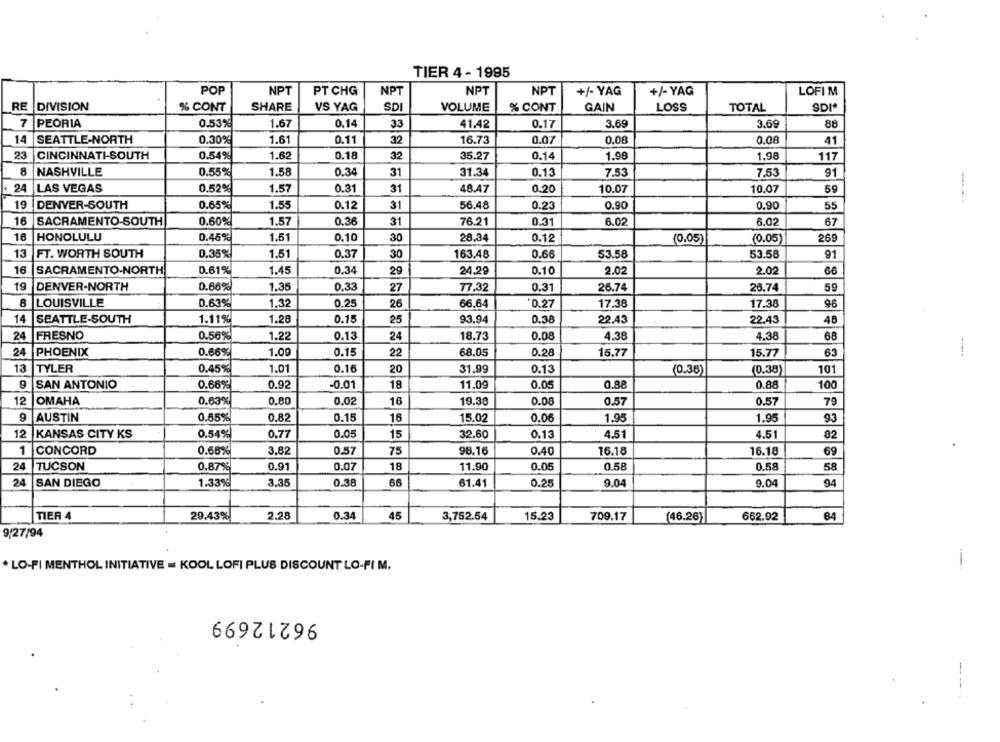
TIER 4 - 1995
NPT
+/- YAG
POP
NPT
PT CHG
NPT
NPT
+/- YAG
LOFIM
RE
DIVISION
% CONT
SHARE
VS YAG
SDI
VOLUME
% CONT
GAIN
LOSS
TOTAL
SDI*
7
PEORIA
0.53%
1.67
0.14
33
41.42
0.17
3.69
3.69
88
14
SEATTLE-NORTH
0.30%
1.61
0.11
32
16.73
0.07
0.08
0.08
41
23
CINCINNATI-SOUTH
0.54%
1.62
0.18
32
35.27
0.14
1.98
1.98
117
8
NASHVILLE
0.55%
1.58
0.34
31
31.34
0.13
7.53
7,53
91
24
LAS VEGAS
0.52%
1.57
0.31
31
48.47
0.20
10.07
10.07
59
19
DENVER-SOUTH
0.65%
1.55
0.12
31
56.48
0.23
0.90
0.90
55
16
SACRAMENTO-SOUTH
0.60%
1.57
0.36
31
76.21
0.31
6.02
6.02
67
16
HONOLULU
0.45%
1.51
0.10
30
28.34
0.12
269
(0.05)
(0.05)
13
1.51
30
0.66
FT. WORTH SOUTH
0.35%
0.37
163.48
53.58
53.58
91
16
SACRAMENTO-NORTH
0.61%
1.45
0.34
29
24.29
0.10
2.02
2.02
66
19
DENVER-NORTH
0.66%
1.35
0.33
27
77.32
0.31
26.74
26.74
59
8
LOUISVILLE
0.63%
1.32
0.25
26
66.64
0.27
17.38
17.38
96
14
SEATTLE-SOUTH
1.11%
1.28
0.15
25
93.94
0.38
22.43
22.43
48
24
FRESNO
0.56%
1.22
0.13
24
18.73
0.08
4.38
4.38
68
24
PHOENIX
0.66%
1.09
0.15
22
68.05
0.28
15.77
15.77
63
13
TYLER
0.45%
1.01
0.16
20
31.99
0.13
(0.38)
(0.38)
101
9
SAN ANTONIO
0.66%
0.92
-0.01
18
11.09
0.05
0.88
0.88
100
12
OMAHA
0.63%
0.80
0.02
16
19.38
0.08
0.57
0.57
79
9
AUSTIN
0.55%
0.82
0.15
16
15.02
0.06
1.95
1.95
93
12
KANSAS CITY KS
0.54%
0.77
0.05
15
32.60
0.13
4.51
4.51
02
1
CONCORD
0.68%
3.82
0.57
75
98.16
0.40
16.18
16.18
69
24
TUCSON
0.87%
0.91
0.07
18
11.90
0.05
0.58
0.58
58
24
SAN DIEGO
1.33%
3.35
0.38
66
9.04
94
61.41
0.25
9.04
TIER 4
29.43%
2.28
0.34
45
3,752.54
15.23
709.17
(46.26)
662.92
84
9/27/94
. LO-FI MENTHOL INITIATIVE = KOOL LOFI PLUS DISCOUNT LO-FI M.
96212699